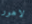
لاهور